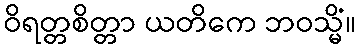
ဝိရတ္တစိတ္တာ ယတိကေ ဘဝသ္မိံ။